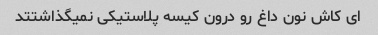
ای کاش نون داغ رو درون کیسه پلاستیکی نمیگذاشتتد